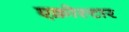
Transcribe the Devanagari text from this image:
एक्रोस्टार